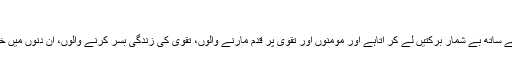
۱۸۵)
دو تین دن تک انشاء اللہ رمضان شروع ہو رہاہے یہ برکتوں والا مہینہ اپنے ساتھ بے شمار برکتیں لے کر آتاہے اور مومنوں اور تقویٰ پر قدم مارنے والوں، تقویٰ کی زندگی بسر کرنے والوں، ان دنوں میں خداتعالیٰ کی خاطر روزہ رکھنے والوں کو بے انتہا برکتیں دے کر جاتاہے۔